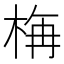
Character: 𣒰